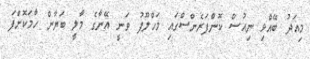
މިއަދު ބޭއްވި ނިއުސް ކޮންފަރެންސްގައި މަހްލޫފު ވަނީ އޭނާގެ މާލީ ބަޔާން ހާމަކޮށްފަ